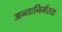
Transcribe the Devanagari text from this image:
अन्तःनिर्भरता